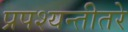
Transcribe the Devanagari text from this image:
प्रपश्यन्तीतरे